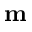
{ \bf m }